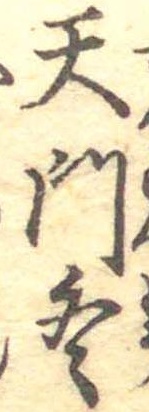
天門冬